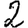
Digit: 2